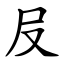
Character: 㞋